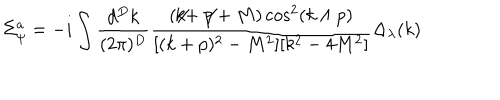
\Sigma _ { \psi } ^ { a } = - i \int \frac { d ^ { D } k } { ( 2 \pi ) ^ { D } } \frac { ( \not \! \! k + \not \! \! p + M ) \cos ^ { 2 } ( k \wedge p ) } { [ ( k + p ) ^ { 2 } - M ^ { 2 } ] [ k ^ { 2 } - 4 M ^ { 2 } ] } \Delta _ { \lambda } ( k )